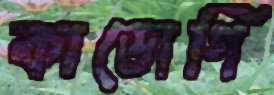
কাডোগি